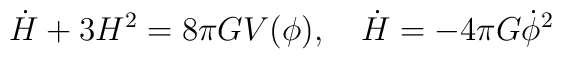
\dot H + 3 H^2 = 8 \pi G V (\phi), ~~~\dot H = - 4 \pi G \dot \phi ^2